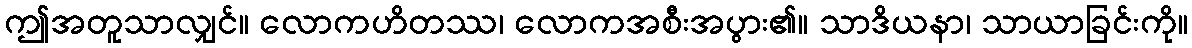
ဤအတူသာလျှင်။ လောကဟိတဿ၊ လောကအစီးအပွား၏။ သာဒိယနာ၊ သာယာခြင်းကို။